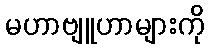
မဟာဗျူဟာများကို